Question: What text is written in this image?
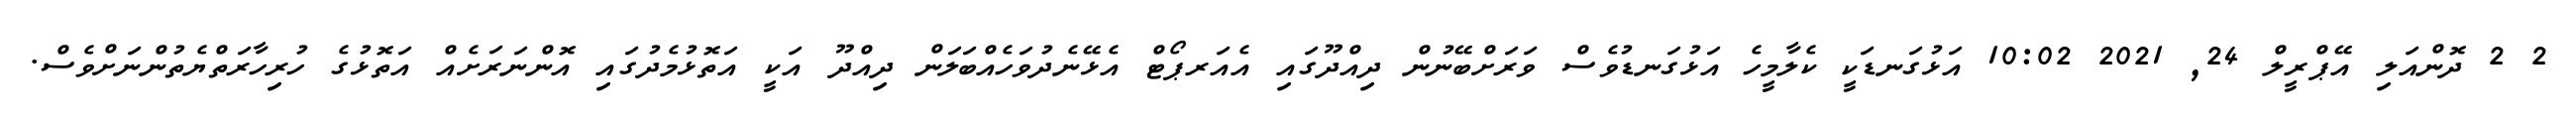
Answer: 2 2 ދޮންއަލި އޭޕްރީލް 24, 2021 10:02 އަޅުގަނޑަކީ ކެލާމީހެ އަޅުގަނޑުވެސް ވަރަށްބޭނުން ދިއްދޫގައި އެއަރޕޯޓް އެޅޭނެދުވަހެއްބަލަން ދިއްދޫ އަކީ އަތޮޅުމެދުގައި އޮންނަރަށެއް އަތޮޅުގެ ހުރިހާރަތްޔެތުންނަށްވެސް.